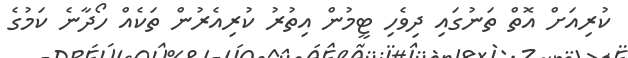
ކުރިއަށް އޮތް ތަނުގައި ދިވެހި ޓީމުން އިތުރު ކުރިއެރުން ތަކެއް ހޯދާނެ ކަމުގެ